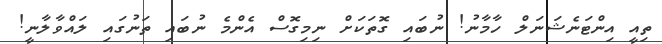
ތިއީ އިންޓަނެޝަނަލް ހާމާނު! ނުބައި ގޮތަކަށް ނިމިގޮސް އެންމެ ނުބައި ތަނުގައި ލައްވާލާނީ!